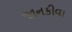
જાનકીવા